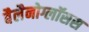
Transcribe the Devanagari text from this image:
बैलैनोग्लॉसस